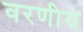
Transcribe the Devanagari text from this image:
वरणीय